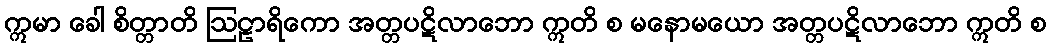
ဣမာ ခေါ စိတ္တာတိ ဩဠာရိကော အတ္တပဋိလာဘော ဣတိ စ မနောမယော အတ္တပဋိလာဘော ဣတိ စ